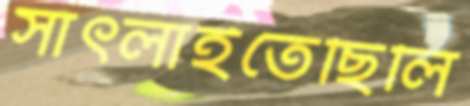
সাঁৎলাইতেছিলি